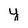
Character: y